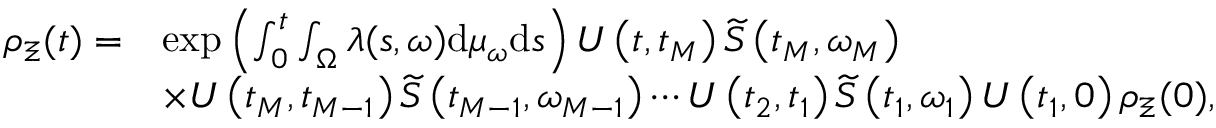
\begin{array} { r l } { { \rho } _ { \Xi } ( t ) = } & { \exp \left( \int _ { 0 } ^ { t } \int _ { \Omega } \lambda ( s , \omega ) \mathrm { d } \mu _ { \omega } \mathrm { d } s \right) U \left( t , t _ { M } \right) \widetilde { S } \left( t _ { M } , \omega _ { M } \right) } \\ & { \times U \left( t _ { M } , t _ { M - 1 } \right) \widetilde { S } \left( t _ { M - 1 } , \omega _ { M - 1 } \right) \cdots U \left( t _ { 2 } , t _ { 1 } \right) \widetilde { S } \left( t _ { 1 } , \omega _ { 1 } \right) U \left( t _ { 1 } , 0 \right) { \rho } _ { \Xi } ( 0 ) , } \end{array}